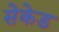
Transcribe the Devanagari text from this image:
सेकेड